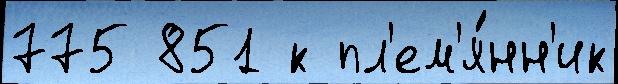
775 851 к пл'ем'я́нн'ик